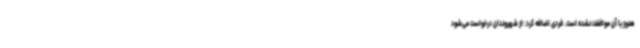
هنوز با آن موافقت نشده است. فردی اضافه کرد: از شهروندان درخواست می‌شود